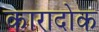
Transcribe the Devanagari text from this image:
कारादोक